Scottish Leaving Certificate Examination, 1956
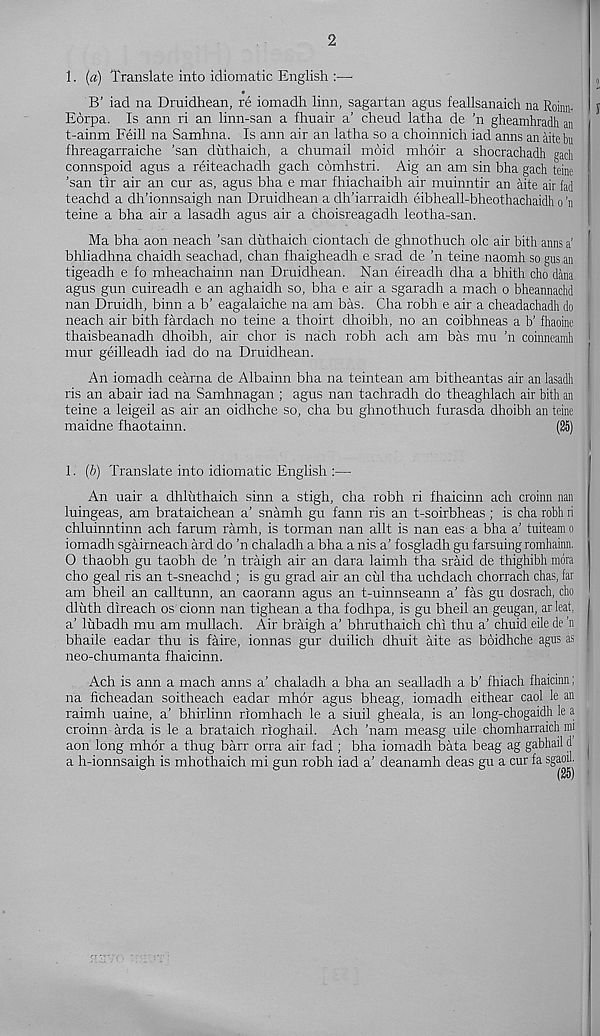
2
1. (a) Translate into idiomatic English :—
B’ iad na Druidhean, re iomadh linn, sagartan agus feallsanaich na Roinn-
Eorpa. Is ann ri an linn-san a fhuair a’ cheud latha de ’n gheamhradh an
t-ainm Feill na Samhna. Is ann air an latha so a choinnich iad anns an aitebu
fhreagarraiche ’san duthaich, a chumail moid mhdir a shocrachadh gach
connspoid agus a reiteachadh gach comhstri. Aig an am sin bha gach teine
’san tir air an cur as, agus bha e mar fhiachaibh air muinntir an aite air fad
teachd a dh’ionnsaigh nan Druidhean a dh’iarraidh eibheall-bheothachaidh o h
teine a bha air a lasadh agus air a choisreagadh leotha-san.
Ma bha aon neach ’san duthaich ciontach de ghnothuch ok air bith anns a‘
bhliadhna chaidh seachad, chan fhaigheadh e srad de ’n teine naomh so gus.an
tigeadh e to mheachainn nan Druidhean. Nan eireadh dha a bhith cho dana
agus gun cuireadh e an aghaidh so, bha e air a sgaradh a mach o bheannachd
nan Druidh, binn a b’ eagalaiche na am bas. Cha robh e air a cheadachadh do
neach air bith fardach no teine a thoirt dhoibh, no an coibhneas a b' fhaoine
thaisbeanadh dhoibh, air chor is nach robh ach am bas mu ’n coinneamh
mur geilleadh iad do na Druidhean.
An iomadh cearna de Albainn bha na teintean am bitheantas air an lasadh
ris an abair iad na Samhnagan ; agus nan tachradh do theaghlach air bith an
teine a leigeil as air an oidhche so, cha bu ghnothuch furasda dhoibh an teine
maidne fhaotainn.
(26)
1. (b) Translate into idiomatic English :—
An uair a dhluthaich sinn a stigh, cha robh ri fhaicinn ach croinn nan
luingeas, am brataichean a’ snamh gu farm ris an t-soirbheas ; is cha robh ri
chluinntinn ach farum ramh, is torman nan allt is nan eas a bha a’ tuiteam o
iomadh sgairneach ard do ’n chaladh a bha a nis a’ fosgladh gu farsuing romhainn.
0 thaobh gu taobh de ’n traigh air an dara laimh tha sraid de thighibh mdra
cho geal ris an t-sneachd ; is gu grad air an cul tha uchdach chorrach chas, far
am bheil an calltunn, an caorann agus an t-uinnseann a’ fas gu dosrach, dro
dluth direach os cionn nan tighean a tha fodhpa, is gu bheil an geugan, ar leaf,
a’ lubadh mu am mullach. Air braigh a’ bhruthaich chi thu a’ chuid eile de 'n
bhaile eadar thu is faire, ionnas gur duilich dhuit aite as boidhche agirs as
neo-chumanta fhaicinn.
Ach is ann a mach anns a’ chaladh a bha an sealladh a b’ fhiach fhaicinn;
na ficheadan soitheach eadar mhor agus bheag, iomadh eithear caol le an
raimh uaine, a’ bhirlinn riomhach le a siuil gheala, is an long-chogaidh le a
croinn arda is le a brataich rioghail. Ach ’nam measg uile chomharraich mi
aon long mhor a thug barr orra air fad ; bha iomadh bata beag ag gabhail d
a h-ionnsaigh is mhothaich mi gun robh iad a’ deanamh deas gu a cur fa sgaoil.